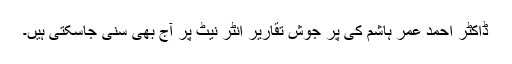
ڈاکٹر احمد عمر ہاشم کی پر جوش تقاریر انٹر نیٹ پر آج بھی سنی جاسکتی ہیں۔